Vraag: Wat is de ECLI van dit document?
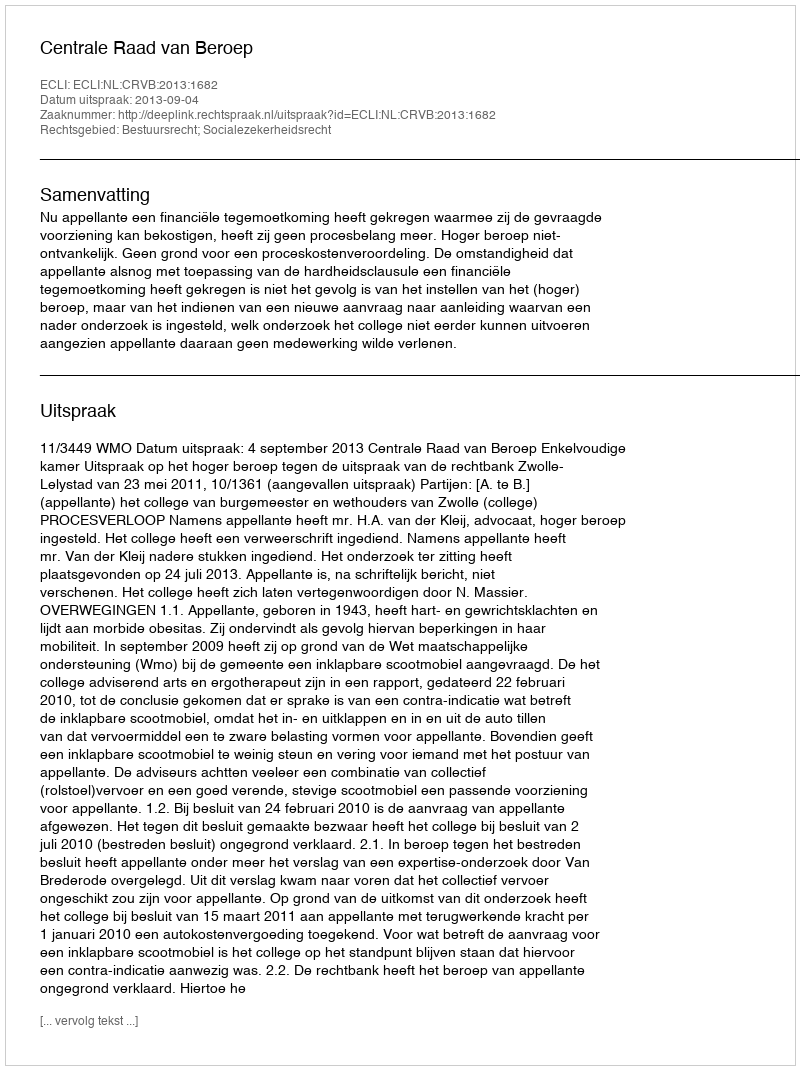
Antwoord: ECLI:NL:CRVB:2013:1682